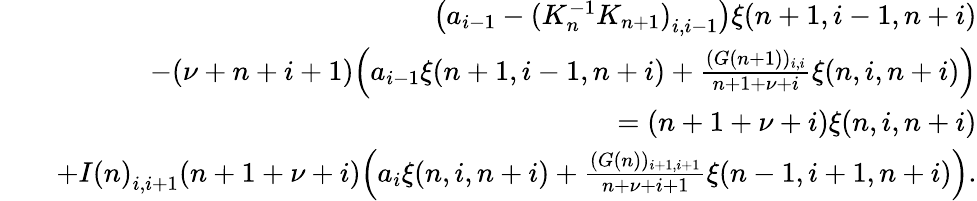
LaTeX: \begin{array}{rlr}&{}&{\big(a_{i-1}-{(K_{n}^{-1}K_{n+1})}_{i,i-1}\big)\xi(n+1,i-1,n+i)}\\ &{}&{-(\nu+n+i+1)\Big(a_{i-1}\xi(n+1,i-1,n+i)+\frac{(G(n+1))_{i,i}}{n+1+\nu+i}\xi(n,i,n+i)\Big)}\\ &{}&{=(n+1+\nu+i)\xi(n,i,n+i)}\\ &{}&{+{I(n)}_{i,i+1}(n+1+\nu+i)\Big(a_{i}\xi(n,i,n+i)+\frac{(G(n))_{i+1,i+1}}{n+\nu+i+1}\xi(n-1,i+1,n+i)\Big).}\end{array}